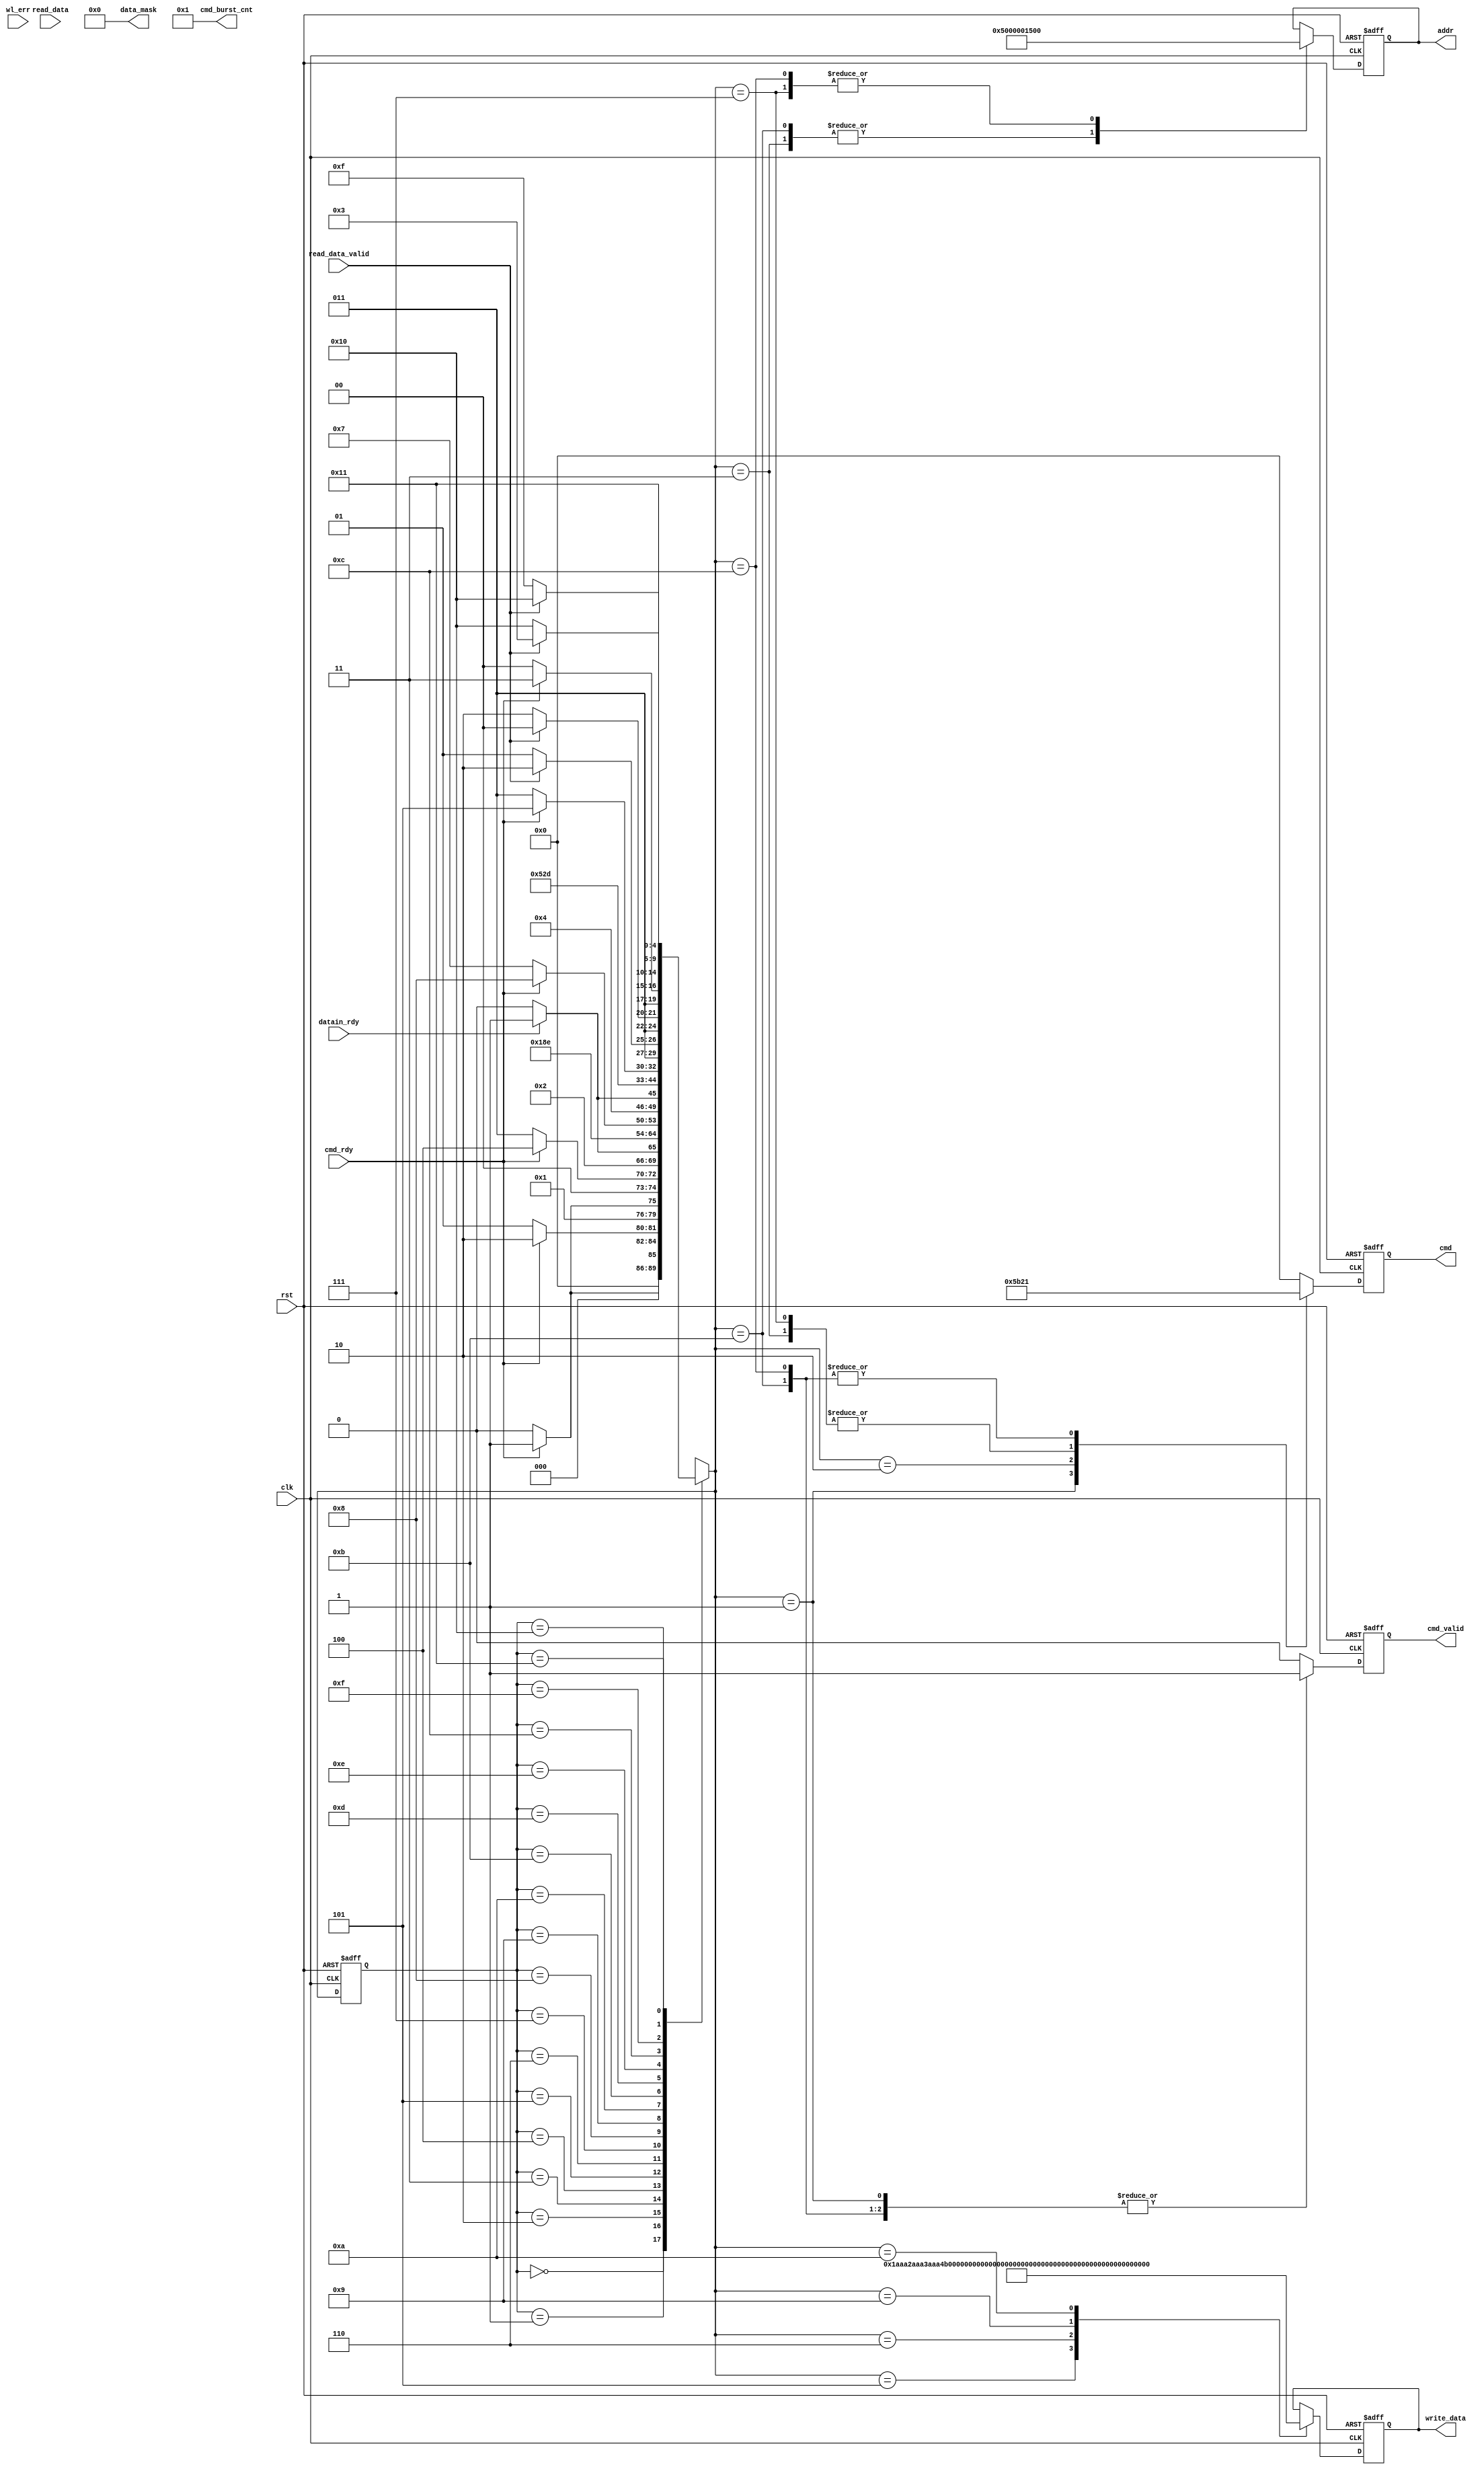
module ddr3_data_exercise_sm (rst, clk, cmd_rdy, datain_rdy, read_data, read_data_valid, wl_err, cmd_valid, cmd, cmd_burst_cnt, addr, write_data, data_mask);

input wire rst;
input wire clk;
input wire cmd_rdy;
input wire datain_rdy;
input wire [63:0] read_data;
input wire read_data_valid;
input wire wl_err;
output reg cmd_valid;
output reg [3:0] cmd;
output wire [4:0] cmd_burst_cnt;
output reg [25:0] addr;
output reg [63:0] write_data;
output wire [7:0] data_mask;

//assign cmd_burst_cnt = 5'b01000;
assign cmd_burst_cnt = 5'b00001;
//assign addr = 26'h1234567;
//assign addr = 26'h0001400;
//assign write_data = 64'hDEADBEEFDEADBEEF;
assign data_mask = 8'b00000000;

// DDR3 core commands
parameter NADA = 4'b0000,
			READ = 4'b0001,
			WRITE = 4'b0010,
			READA = 4'b0011,
			WRITEA = 4'b0100,
			PDOWN_ENT = 4'b0101,
			LOAD_MR = 4'b0110,
			SEL_REF_ENT = 4'b1000,
			SEL_REF_EXIT = 4'b1001,
			PDOWN_EXIT = 4'b1011,
			ZQ_LNG = 4'b1100,
			ZQ_SHRT = 4'b1101;

// DDR3 Addresses
parameter ADDRESS1 = 26'h0001400,
//			ADDRESS2 = 26'h1555555;
			ADDRESS2 = 26'h0001500;

// DDR3 Data
parameter DATA1_1 = 64'h1AAA2AAA3AAA4AAA,
			DATA1_2 = 64'hE555D555C555B555,
			DATA2_1 = 64'h0123456789ABCDEF,
			DATA2_2 = 64'hFEDCBA9876543210;

// FSM States
parameter S_IDLE = 5'b00000,
			S_PDOWN_ENT = 5'b00001,
			S_PDOWN_EXIT = 5'b00010,
			S_WRITE_ADDR1 = 5'b00011,
			S_WRITE_WAIT1 = 5'b00100,
			S_WRITE_DATA1_1 = 5'b00101,
			S_WRITE_DATA1_2 = 5'b00110,
			S_WRITE_ADDR2 = 5'b00111,
			S_WRITE_WAIT2 = 5'b01000,
			S_WRITE_DATA2_1 = 5'b01001,
			S_WRITE_DATA2_2 = 5'b01010,
			S_READ1 = 5'b01011,
			S_READ2 = 5'b01100,
			S_READ_WAIT1 = 5'b01101,
			S_READ_WAIT2 = 5'b01110,
			S_READ_WAIT3 = 5'b01111,
			S_READ_WAIT4 = 5'b10000,
			S_HALT = 5'b10001;

reg [4:0] state, next;

	always @(posedge clk or posedge rst)
		if (rst) state <= S_IDLE;
		else state <= next;

	always @(state or cmd_rdy or datain_rdy or read_data_valid) begin
		next = 'bx;
		case (state)
			// Wait for the first cmd_rdy pulse; It signifies that the DDR3 has been initialized
			S_IDLE : if (cmd_rdy) next = S_PDOWN_ENT;
						else next = S_IDLE;
			S_PDOWN_ENT : if (cmd_rdy) next = S_PDOWN_EXIT;
						else next = S_PDOWN_ENT;
			S_PDOWN_EXIT : if (cmd_rdy) next = S_WRITE_ADDR1;
						else next = S_PDOWN_EXIT;
			S_WRITE_ADDR1 : if (cmd_rdy) next = S_WRITE_WAIT1;
						else next = S_WRITE_ADDR1;
			S_WRITE_WAIT1 : if (datain_rdy) next = S_WRITE_DATA1_1;
						else next = S_WRITE_WAIT1;
			S_WRITE_DATA1_1 : next = S_WRITE_DATA1_2;
			S_WRITE_DATA1_2 : next = S_WRITE_ADDR2;
			S_WRITE_ADDR2 : if (cmd_rdy) next = S_WRITE_WAIT2;
						else next = S_WRITE_ADDR2;
			S_WRITE_WAIT2 : if (datain_rdy) next = S_WRITE_DATA2_1;
						else next = S_WRITE_WAIT2;
			S_WRITE_DATA2_1 : next = S_WRITE_DATA2_2;
			S_WRITE_DATA2_2 : next = S_READ1;
			S_READ1 : if (cmd_rdy) next = S_READ_WAIT1;
						else next = S_READ1;
			S_READ_WAIT1 : if (read_data_valid) next = S_READ_WAIT2;
						else next = S_READ_WAIT1;
			S_READ_WAIT2 : if (read_data_valid) next = S_READ2;
						else next = S_READ_WAIT2;
			S_READ2 : if (cmd_rdy) next = S_READ_WAIT3;
						else next = S_READ2;
			S_READ_WAIT3 : if (read_data_valid) next = S_READ_WAIT4;
						else next = S_READ_WAIT3;
			S_READ_WAIT4 : if (read_data_valid) next = S_WRITE_ADDR1;
						else next = S_READ_WAIT4;
			S_HALT : next = S_HALT;
		endcase
	end

	always @(posedge clk or posedge rst)
		if (rst) begin
			cmd_valid <= 1'b0;
			cmd <= NADA;
			addr <= 26'h0000000;
			write_data <= 64'h0000000000000000;
		end
		else begin
			cmd_valid <= 1'b0;
			cmd <= NADA;
		case (next)
			S_PDOWN_ENT:
				begin
					cmd_valid <= 1'b1;
					cmd <= PDOWN_ENT;
				end
			S_PDOWN_EXIT:
				begin
					cmd_valid <= 1'b1;
					cmd <= PDOWN_EXIT;
				end
			S_WRITE_ADDR1:
				begin
					cmd_valid <= 1'b1;
					cmd <= WRITE;
					addr <= ADDRESS1;
				end
			S_WRITE_DATA1_1:
				begin
					write_data <= DATA1_1;
				end
			S_WRITE_DATA1_2:
				begin
					write_data <= DATA1_2;
				end
			S_WRITE_ADDR2:
				begin
					cmd_valid <= 1'b1;
					cmd <= WRITE;
					addr <= ADDRESS2;
				end
			S_WRITE_DATA2_1:
				begin
					write_data <= DATA2_1;
				end
			S_WRITE_DATA2_2:
				begin
					write_data <= DATA2_2;
				end
			S_READ1:
				begin
					cmd_valid <= 1'b1;
					cmd <= READ;
					addr <= ADDRESS1;
				end
			S_READ2:
				begin
					cmd_valid <= 1'b1;
					cmd <= READ;
					addr <= ADDRESS2;
				end
		endcase
	end

endmodule